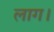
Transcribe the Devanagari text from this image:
लाग।